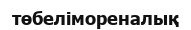
төбелімореналық